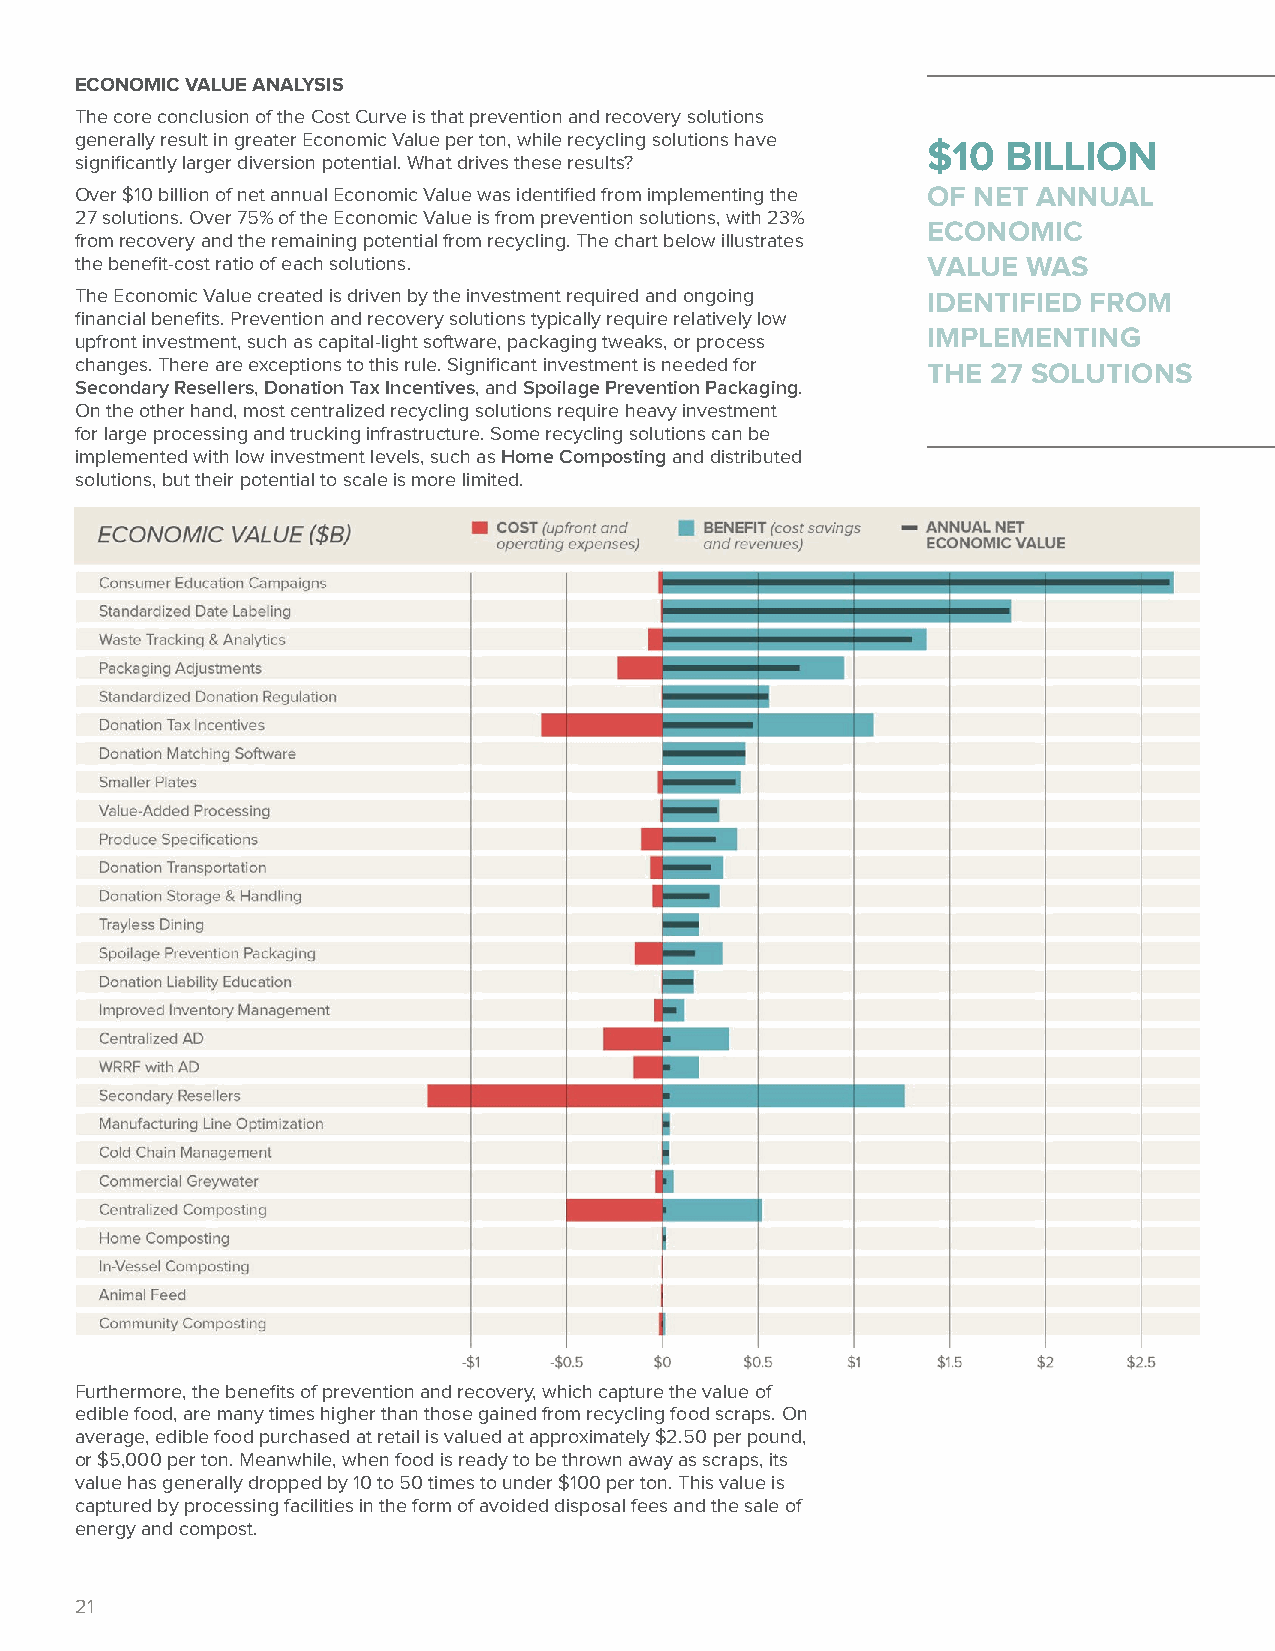
ECONOMIC VALUE ANALYSIS
 The core conclusion of the Cost Curve is that prevention and recovery solutions
 generally result in greater Economic Value per ton, while recycling solutions have
 $10   BILLION
 significantly larger diversion potential. What drives these results?
 Over $10 billion of net annual Economic Value was identified from implementing the OF NET ANNUAL
 27 solutions. Over 75% of the Economic Value is from prevention solutions, with 23%
 ECONOMIC
 from recovery and the remaining potential from recycling. The chart below illustrates
 the benefit-cost ratio of each solutions.               VALUE  WAS
 The Economic Value created is driven by the investment required and ongoing IDENTIFIED FROM
 financial benefits. Prevention and recovery solutions typically require relatively low
 IMPLEMENTING
 upfront investment, such as capital-light software, packaging tweaks, or process
 changes. There are exceptions to this rule. Significant investment is needed for THE 27 SOLUTIONS
 Secondary Resellers, Donation Tax Incentives, and Spoilage Prevention Packaging.
 On the other hand, most centralized recycling solutions require heavy investment
 for large processing and trucking infrastructure. Some recycling solutions can be
 implemented with low investment levels, such as Home Composting and distributed
 solutions, but their potential to scale is more limited.
 Furthermore, the benefits of prevention and recovery, which capture the value of
 edible food, are many times higher than those gained from recycling food scraps. On
 average, edible food purchased at retail is valued at approximately $2.50 per pound,
 or $5,000 per ton. Meanwhile, when food is ready to be thrown away as scraps, its
 value has generally dropped by 10 to 50 times to under $100 per ton. This value is
 captured by processing facilities in the form of avoided disposal fees and the sale of
 energy and compost.
 21